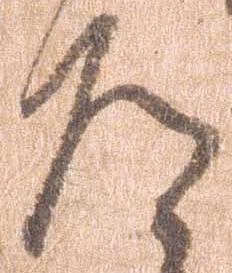
道